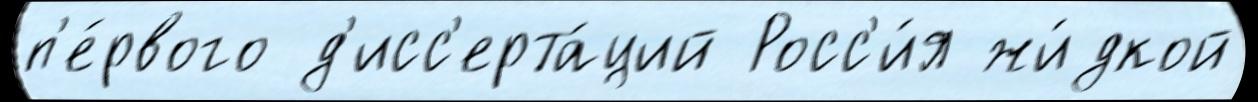
п'е́рвого д'исс'ерта́ций Росс'и́я жи́дкой